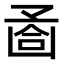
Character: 𠚔